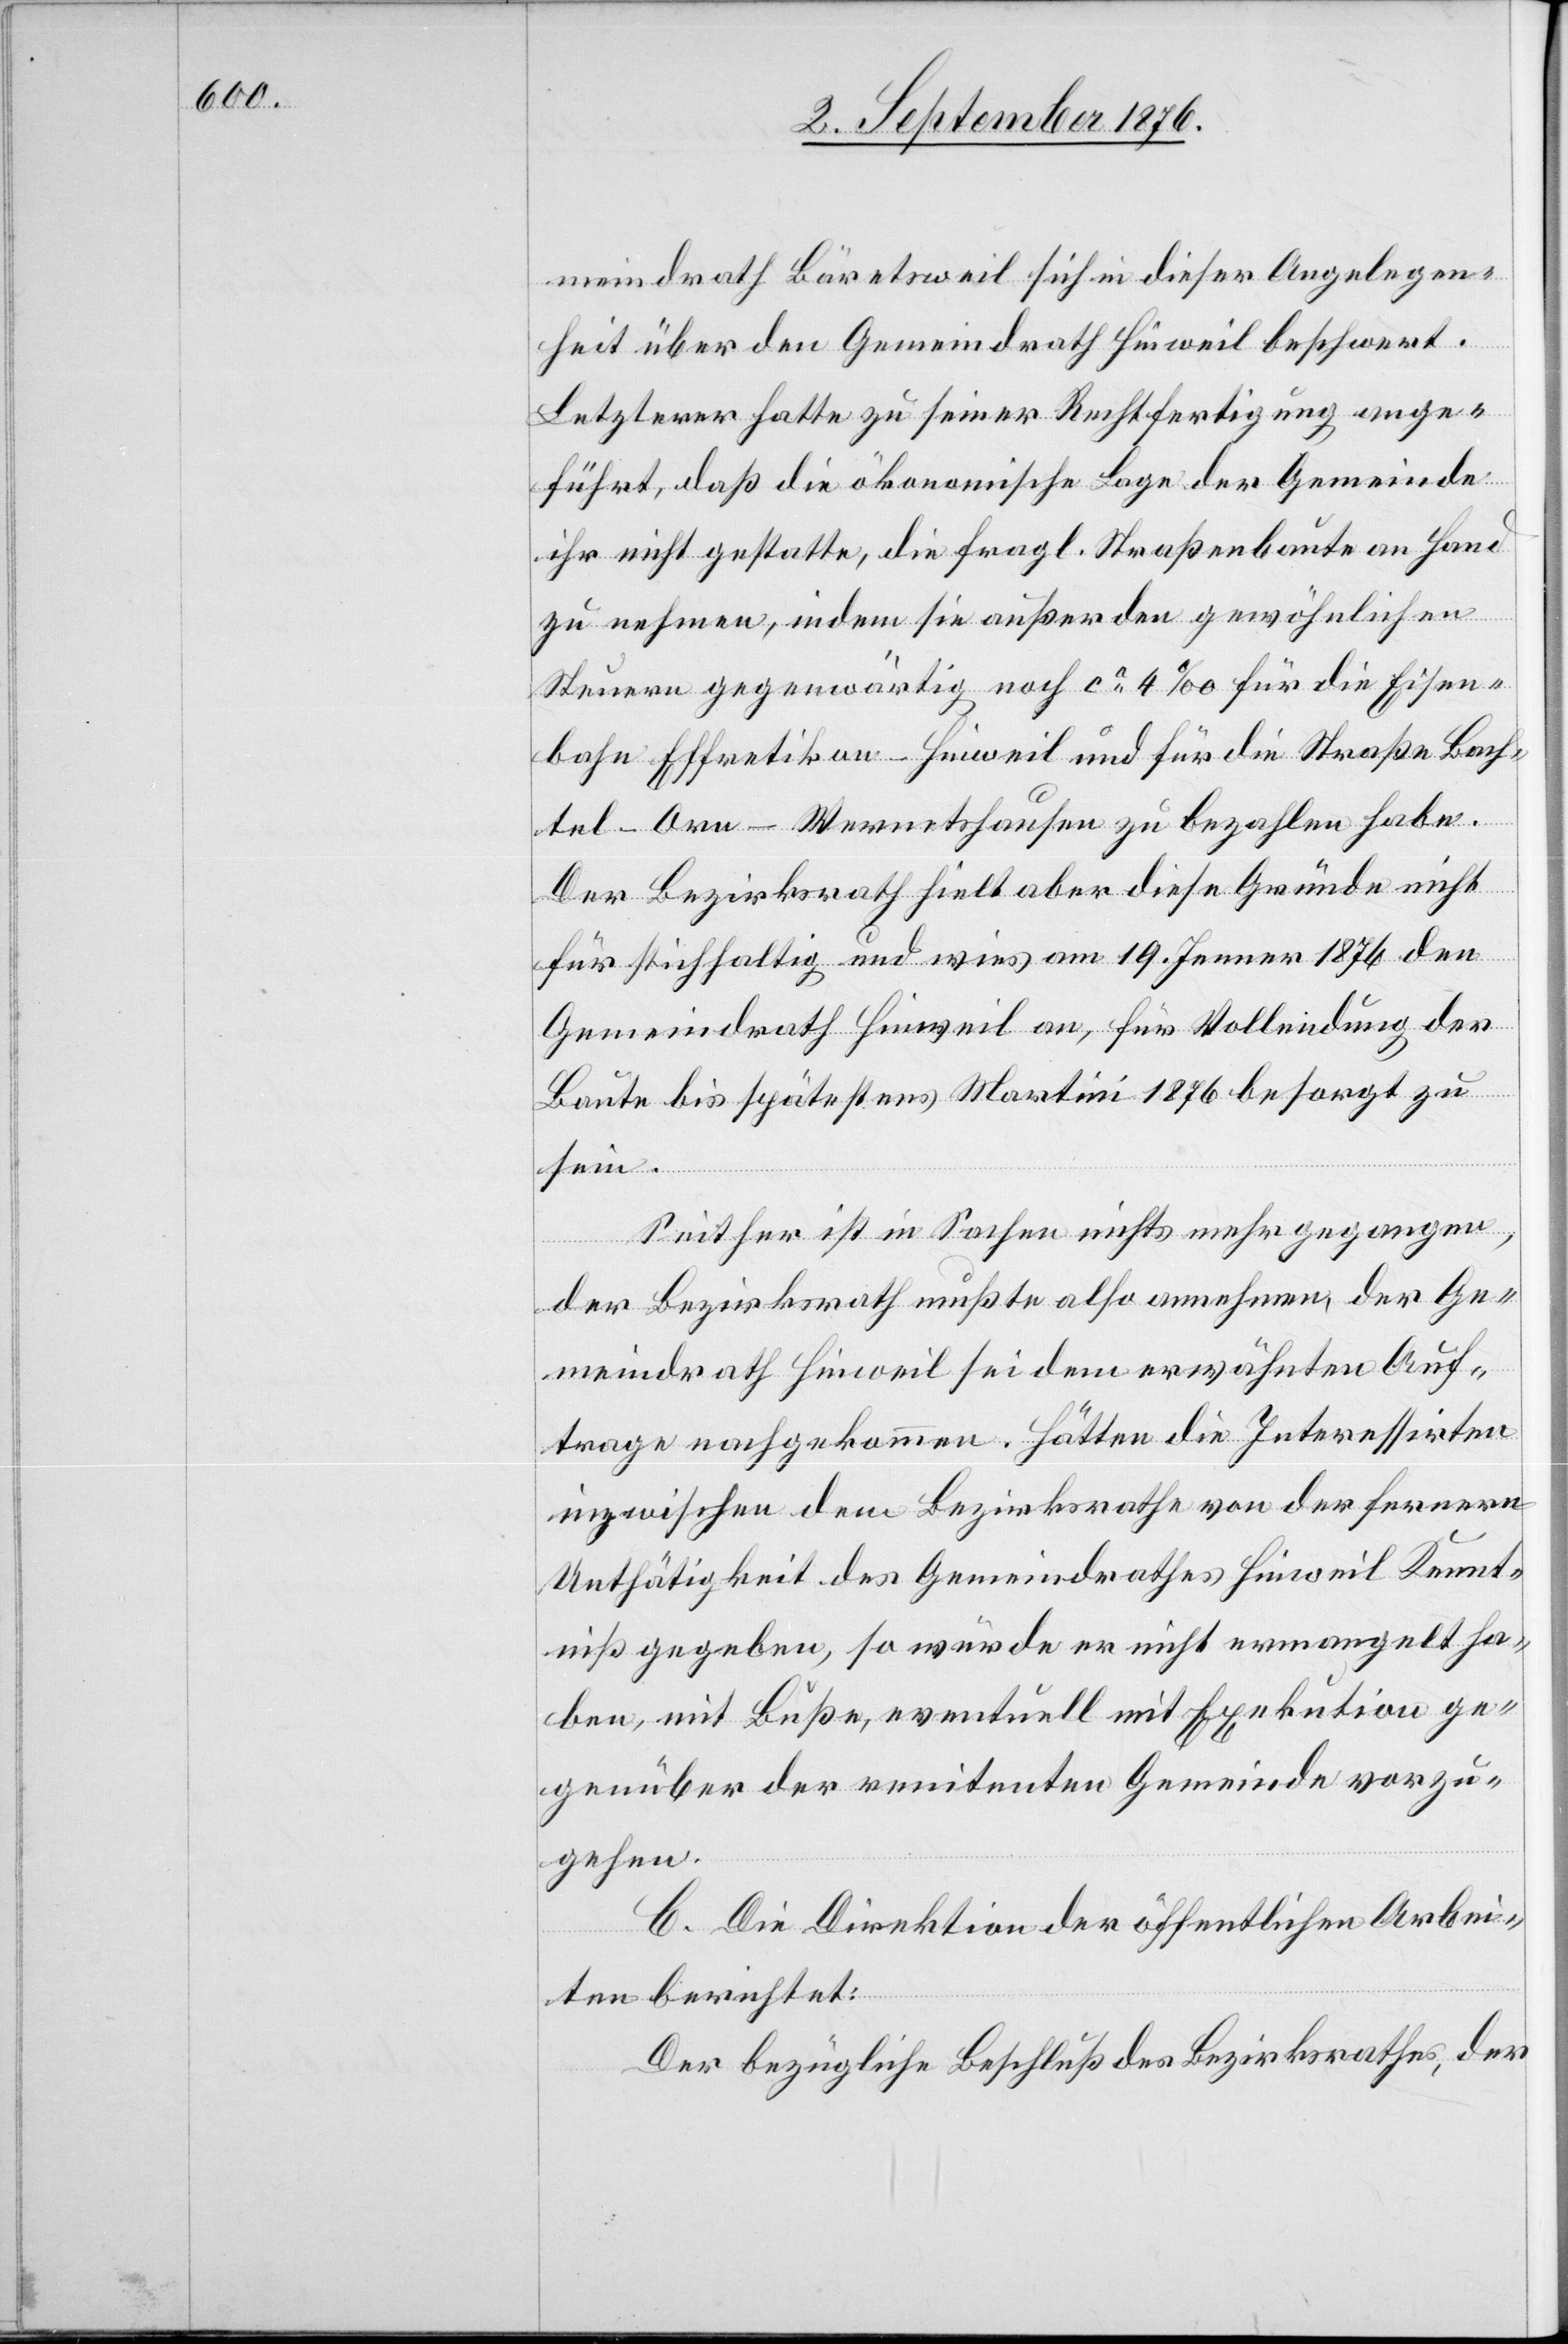
meindrath Bäretsweil sich in dieser Angelegen¬
heit über den Gemeindrath Hinweil beschwert.
Letzterer hatte zu seiner Rechtfertigung ange¬
führt, daß die ökonomische Lage der Gemeinde
ihr nicht gestatte, die fragl. Straßenbaute an Hand
zu nehmen, indem sie außer den gewöhnlichen
Steuern gegenwärtig noch ca 4‰ für die Eisen¬
bahn Effretikon–Hinweil und für die Straße Bach¬
tel–Orn–Wernetshausen zu bezahlen habe.
Der Bezirksrath hielt aber diese Gründe nicht
für stichhaltig und wies am 19. Jenner 1876 den
Gemeindrath Hinweil an, für Vollendung der
Baute bis spätestens Martini 1876 besorgt zu
sein.
Seither ist in Sachen nichts mehr gegangen,
der Bezirksrath mußte also annehmen, der Ge¬
meindrath Hinweil sei dem erwähnten Auf¬
trage nachgekommen. Hätten die Interessirten
inzwischen dem Bezirksrathe von der fernern
Unthätigkeit des Gemeindrathes Hinweil Kennt¬
niß gegeben, so würde er nicht ermangelt ha¬
ben, mit Buße, eventuell mit Exekution ge¬
genüber der renitenten Gemeinde vorzu¬
gehen.
C. Die Direktion der öffentlichen Arbei¬
ten berichtet:
Der bezügliche Beschluß des Bezirksrathes, der